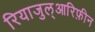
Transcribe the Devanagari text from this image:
रियाजुल्आरिफ़ीन